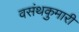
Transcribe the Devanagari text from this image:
वसंथकुमारी